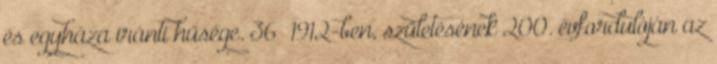
és egyháza iránti hűsége. 36 1912-ben, születésének 200. évfordulóján az